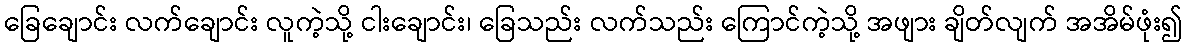
ခြေချောင်း လက်ချောင်း လူကဲ့သို့ ငါးချောင်း၊ ခြေသည်း လက်သည်း ကြောင်ကဲ့သို့ အဖျား ချိတ်လျက် အအိမ်ဖုံး၍